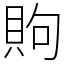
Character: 䝭